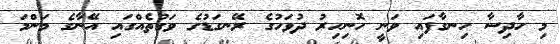
މި ހާދިސާ ހިނގާފައި ވަނީ ހޮނިހިރު ދުވަހުގެ ރޭނގަޑުގެ ވަގުތެއްގައި އޭނާގެ މަންމަ